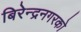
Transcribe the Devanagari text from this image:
बिरेन्द्रनगरको